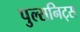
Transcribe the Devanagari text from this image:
पुल्सनिट्स